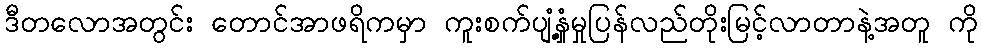
ဒီတလောအတွင်း တောင်အာဖရိကမှာ ကူးစက်ပျံ့နှံ့မှုပြန်လည်တိုးမြင့်လာတာနဲ့အတူ ကို